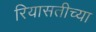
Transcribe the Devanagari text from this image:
रियासतीच्या